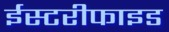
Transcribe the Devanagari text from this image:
ईस्टरीफाइड